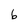
Character: 6